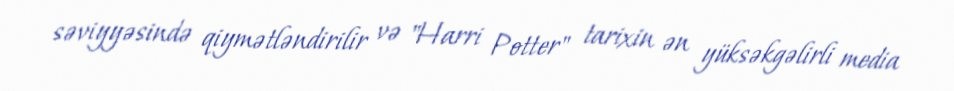
səviyyəsində qiymətləndirilir və "Harri Potter" tarixin ən yüksəkgəlirli media